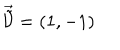
\vec { \tilde { \cal { V } } } = ( 1 , - 1 )